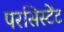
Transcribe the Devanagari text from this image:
परसिस्टेंट